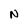
Character: N